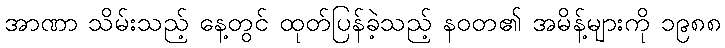
အာဏာ သိမ်းသည့် နေ့တွင် ထုတ်ပြန်ခဲ့သည့် နဝတ၏ အမိန့်များကို ၁၉၈၈